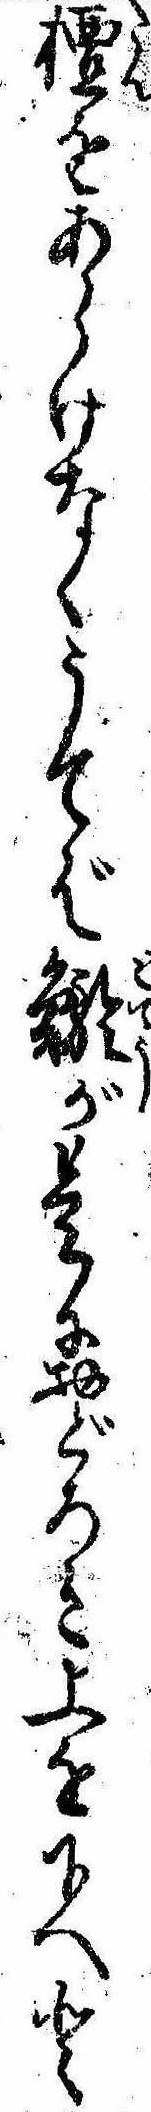
檀をあらけなくうてば鯲が是におどろき上を下へと